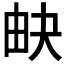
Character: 𤱉